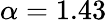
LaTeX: \alpha=1.43